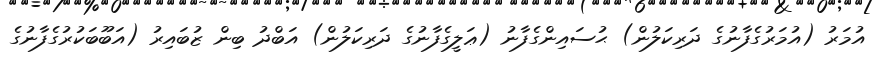
އުމަރު (އުމަރުގެފާނުގެ ދަރިކަލުން) ޙުސައިންގެފާނު (ޢަލީގެފާނުގެ ދަރިކަލުން) އަބްދު ބިން ޒުބައިރު (އަބޫބަކުރުގެފާނުގެ